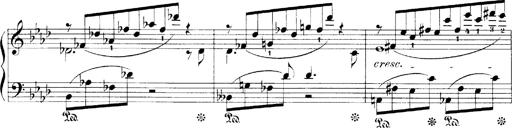
Title: LiebestrÃ¤ume
Composer: Franz Behr
Key: E-flat major